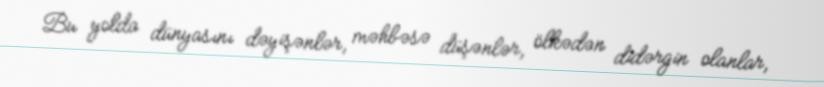
Bu yolda dünyasını dəyişənlər, məhbəsə düşənlər, ölkədən didərgin olanlar,